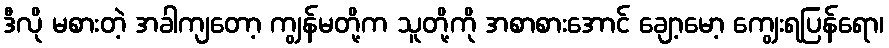
ဒီလို မစားတဲ့ အခါကျတော့ ကျွန်မတို့က သူတို့ကို အစာစားအောင် ချော့မော့ ကျွေးရပြန်ရော၊